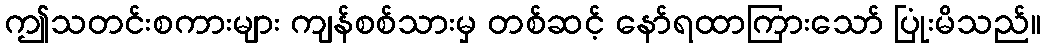
ဤသတင်းစကားများ ကျန်စစ်သားမှ တစ်ဆင့် နော်ရထာကြားသော် ပြုံးမိသည်။